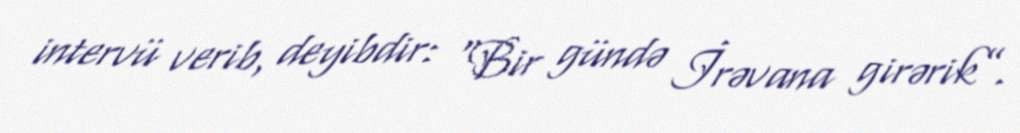
intervü verib, deyibdir: “Bir gündə İrəvana girərik”.